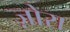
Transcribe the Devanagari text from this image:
ज़ोरा